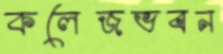
কলেজভবন